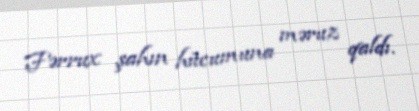
Fərrux şahın hücumuna məruz qaldı.